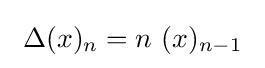
~\operatorname {\Delta } (x)_{n}=n\ (x)_{n-1}~